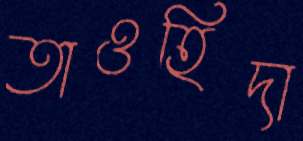
তাওহিদা